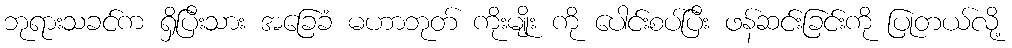
ဘုရားသခင်က ရှိပြီးသား အခြေခံ မဟာဘုတ် ကိုးမျိုး ကို ပေါင်းစပ်ပြီး ဖန်ဆင်းခြင်းကို ပြုတယ်လို့